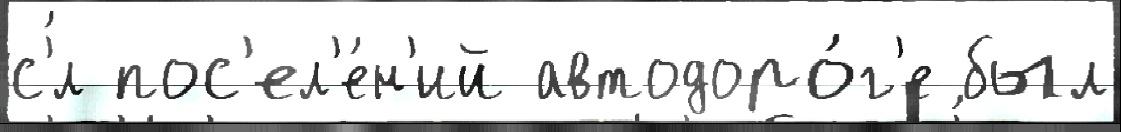
с'́л пос'ел'е́н'ий автодоро́г'е был